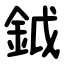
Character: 鉞